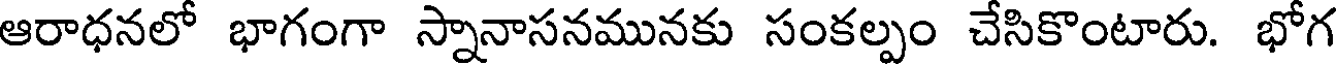
ఆరాధనలో భాగంగా స్నానాసనమునకు సంకల్పం చేసికొంటారు. భోగ